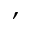
,